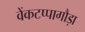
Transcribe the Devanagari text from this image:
वेंकटप्पागौड़ा